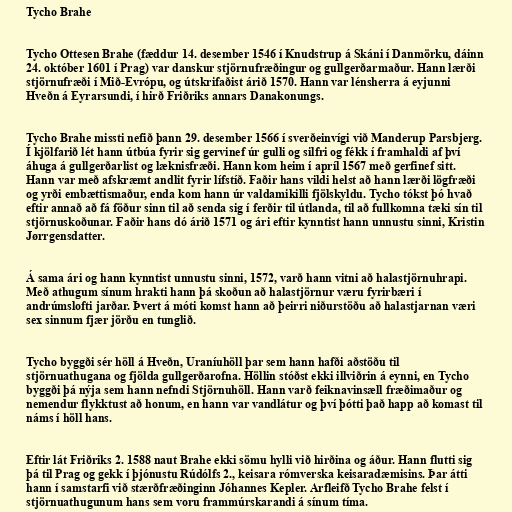
Tycho Brahe

Tycho Ottesen Brahe (fæddur 14. desember 1546 í Knudstrup á Skáni í Danmörku, dáinn
24. október 1601 í Prag) var danskur stjörnufræðingur og gullgerðarmaður. Hann lærði
stjörnufræði í Mið-Evrópu, og útskrifaðist árið 1570. Hann var lénsherra á eyjunni
Hveðn á Eyrarsundi, í hirð Friðriks annars Danakonungs.

Tycho Brahe missti nefið þann 29. desember 1566 í sverðeinvígi við Manderup Parsbjerg.
Í kjölfarið lét hann útbúa fyrir sig gervinef úr gulli og silfri og fékk í framhaldi af því
áhuga á gullgerðarlist og læknisfræði. Hann kom heim í apríl 1567 með gerfinef sitt.
Hann var með afskræmt andlit fyrir lífstíð. Faðir hans vildi helst að hann lærði lögfræði
og yrði embættismaður, enda kom hann úr valdamikilli fjölskyldu. Tycho tókst þó hvað
eftir annað að fá föður sinn til að senda sig í ferðir til útlanda, til að fullkomna tæki sín til
stjörnuskoðunar. Faðir hans dó árið 1571 og ári eftir kynntist hann unnustu sinni, Kristin
Jørrgensdatter.

Á sama ári og hann kynntist unnustu sinni, 1572, varð hann vitni að halastjörnuhrapi.
Með athugum sínum hrakti hann þá skoðun að halastjörnur væru fyrirbæri í
andrúmslofti jarðar. Þvert á móti komst hann að þeirri niðurstöðu að halastjarnan væri
sex sinnum fjær jörðu en tunglið.

Tycho byggði sér höll á Hveðn, Uraníuhöll þar sem hann hafði aðstöðu til
stjörnuathugana og fjölda gullgerðarofna. Höllin stóðst ekki illviðrin á eynni, en Tycho
byggði þá nýja sem hann nefndi Stjörnuhöll. Hann varð feiknavinsæll fræðimaður og
nemendur flykktust að honum, en hann var vandlátur og því þótti það happ að komast til
náms í höll hans.

Eftir lát Friðriks 2. 1588 naut Brahe ekki sömu hylli við hirðina og áður. Hann flutti sig
þá til Prag og gekk í þjónustu Rúdólfs 2., keisara rómverska keisaradæmisins. Þar átti
hann í samstarfi við stærðfræðinginn Jóhannes Kepler. Arfleifð Tycho Brahe felst í
stjörnuathugunum hans sem voru frammúrskarandi á sínum tíma.